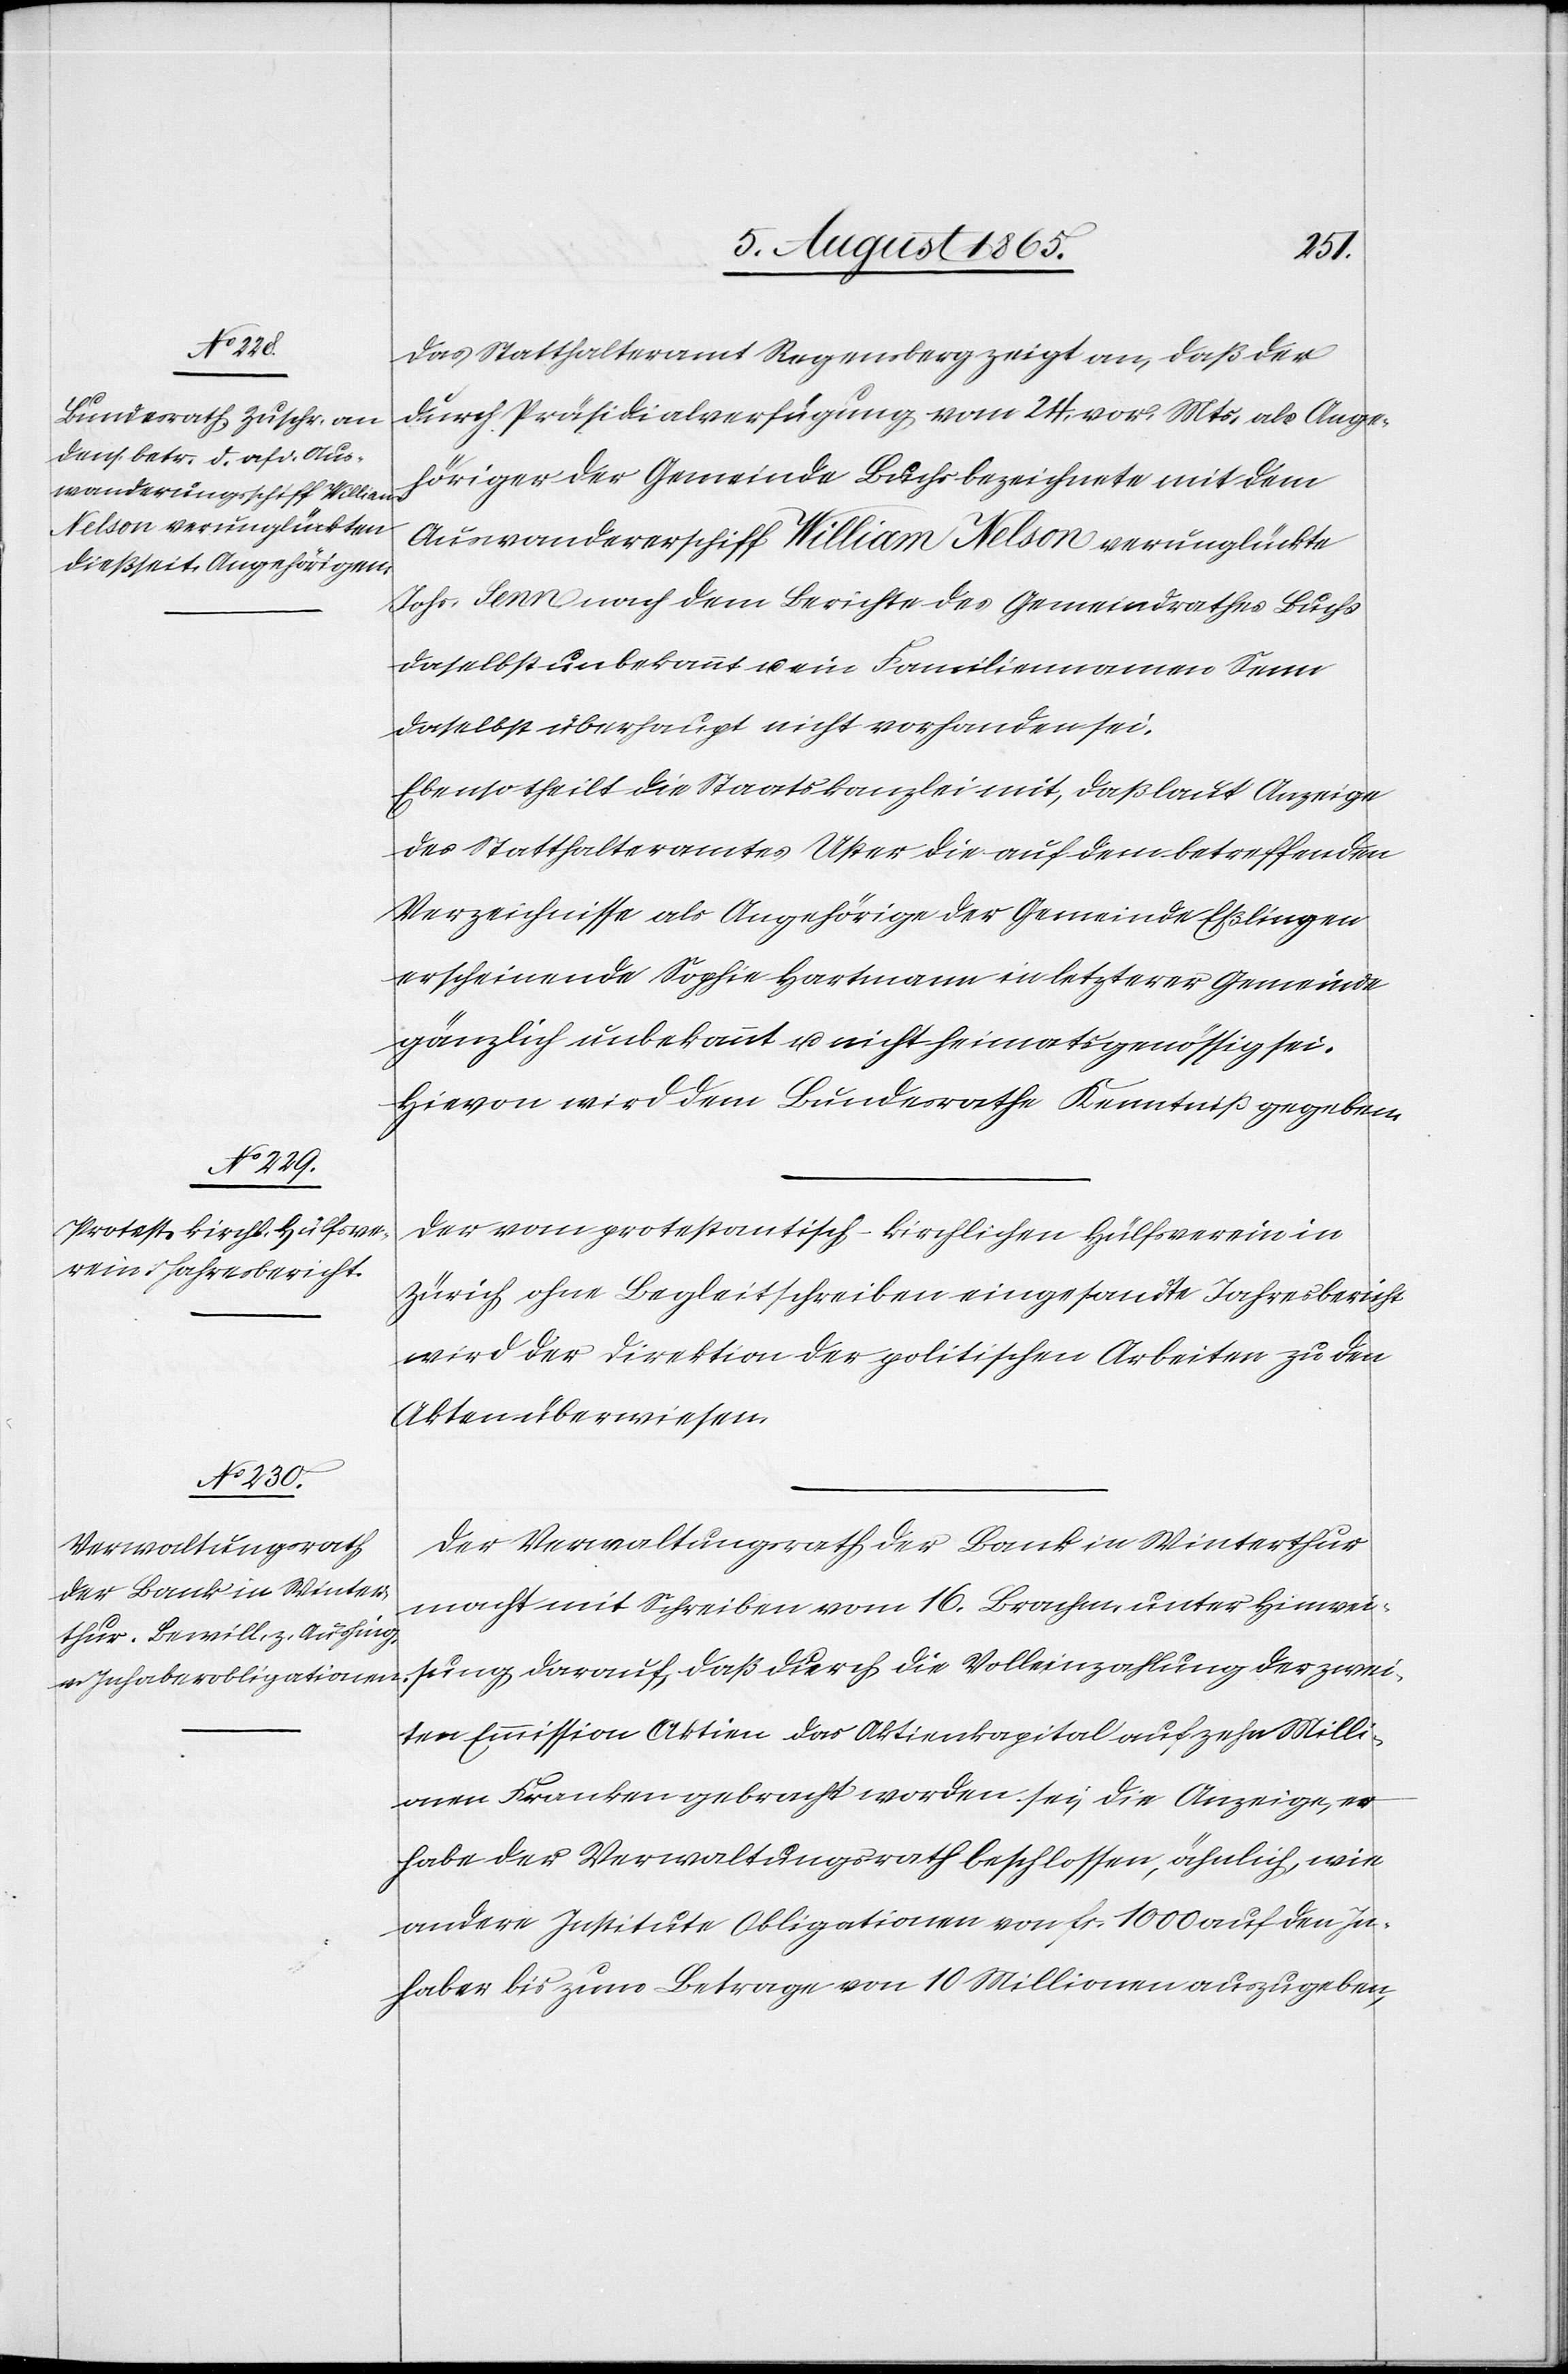
Das Statthalteramt Regensberg zeigt an, daß der
durch Präsidialverfügung vom 24. vor. Mts. als Ange¬
höriger der Gemeinde Buchs bezeichnete mit dem
Auswandererschiff William Nelson verunglückte
Johs. Senn nach dem Berichte des Gemeindrathes Buchs
daselbst unbekannt u. ein Familiennamen Senn
daselbst überhaupt nicht vorhanden sei.
Ebenso theilt die Staatskanzlei mit, daß laut Anzeige
des Statthalteramtes Uster die auf dem betreffenden
Verzeichnisse als Angehörige der Gemeinde Eßlingen
erscheinende Sophie Hartmann in letzterer Gemeinde
gänzlich unbekannt u. nicht heimatsgenössig sei.
Hievon wird dem Bundesrathe Kenntniß gegeben.
Der vom protestantisch-kirchlichen Hülfsverein in
Zürich ohne Begleitschreiben eingesandte Jahresbericht
wird der Direktion der politischen Arbeiten zu den
Akten überwiesen.
Der Verwaltungsrath der Bank in Winterthur
macht mit Schreiben vom 16. Brachm. unter Hinweis¬
ung darauf, daß durch die Volleinzahlung der zwei¬
ten Emmission Aktien das Aktienkapital auf zehn Milli¬
onen Franken gebracht worden sei, die Anzeige, er
habe der Verwaltungsrath beschlossen, ähnlich, wie
andere Institute Obligationen von fr. 1000 auf den In¬
haber bis zum Betrage von 10 Millionen auszugeben,